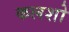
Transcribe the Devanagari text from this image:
कलशो